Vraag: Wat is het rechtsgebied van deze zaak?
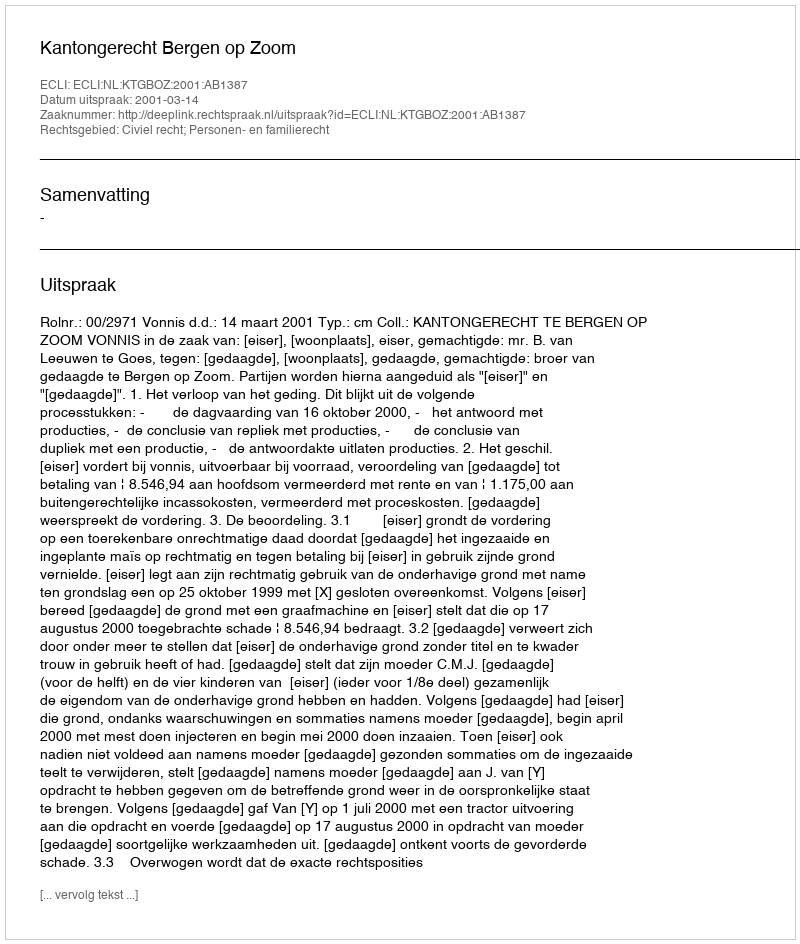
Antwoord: Civiel recht; Personen- en familierecht